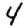
Digit: 4